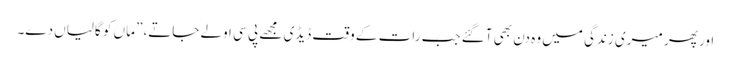
اور پھر میری زندگی میں وہ دن بھی آگئے جب رات کے وقت ڈیڈی مجھے پی سی اولے جاتے،” ماں کو گالیاں دے۔